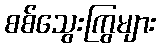
စစ်သွေးကြွများ